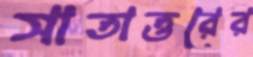
সাতাত্তরের